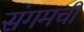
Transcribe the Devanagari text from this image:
संगमची